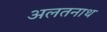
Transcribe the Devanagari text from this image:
अलतनाथ